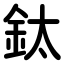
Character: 鈦